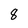
Character: 8